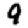
Digit: 9